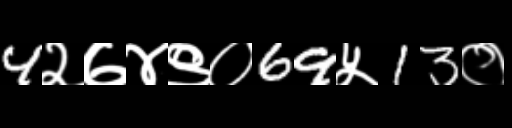
Text: 4२७४९०69५13०